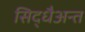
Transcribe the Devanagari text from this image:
सिद्धैअन्त